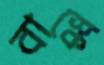
বাস্কে